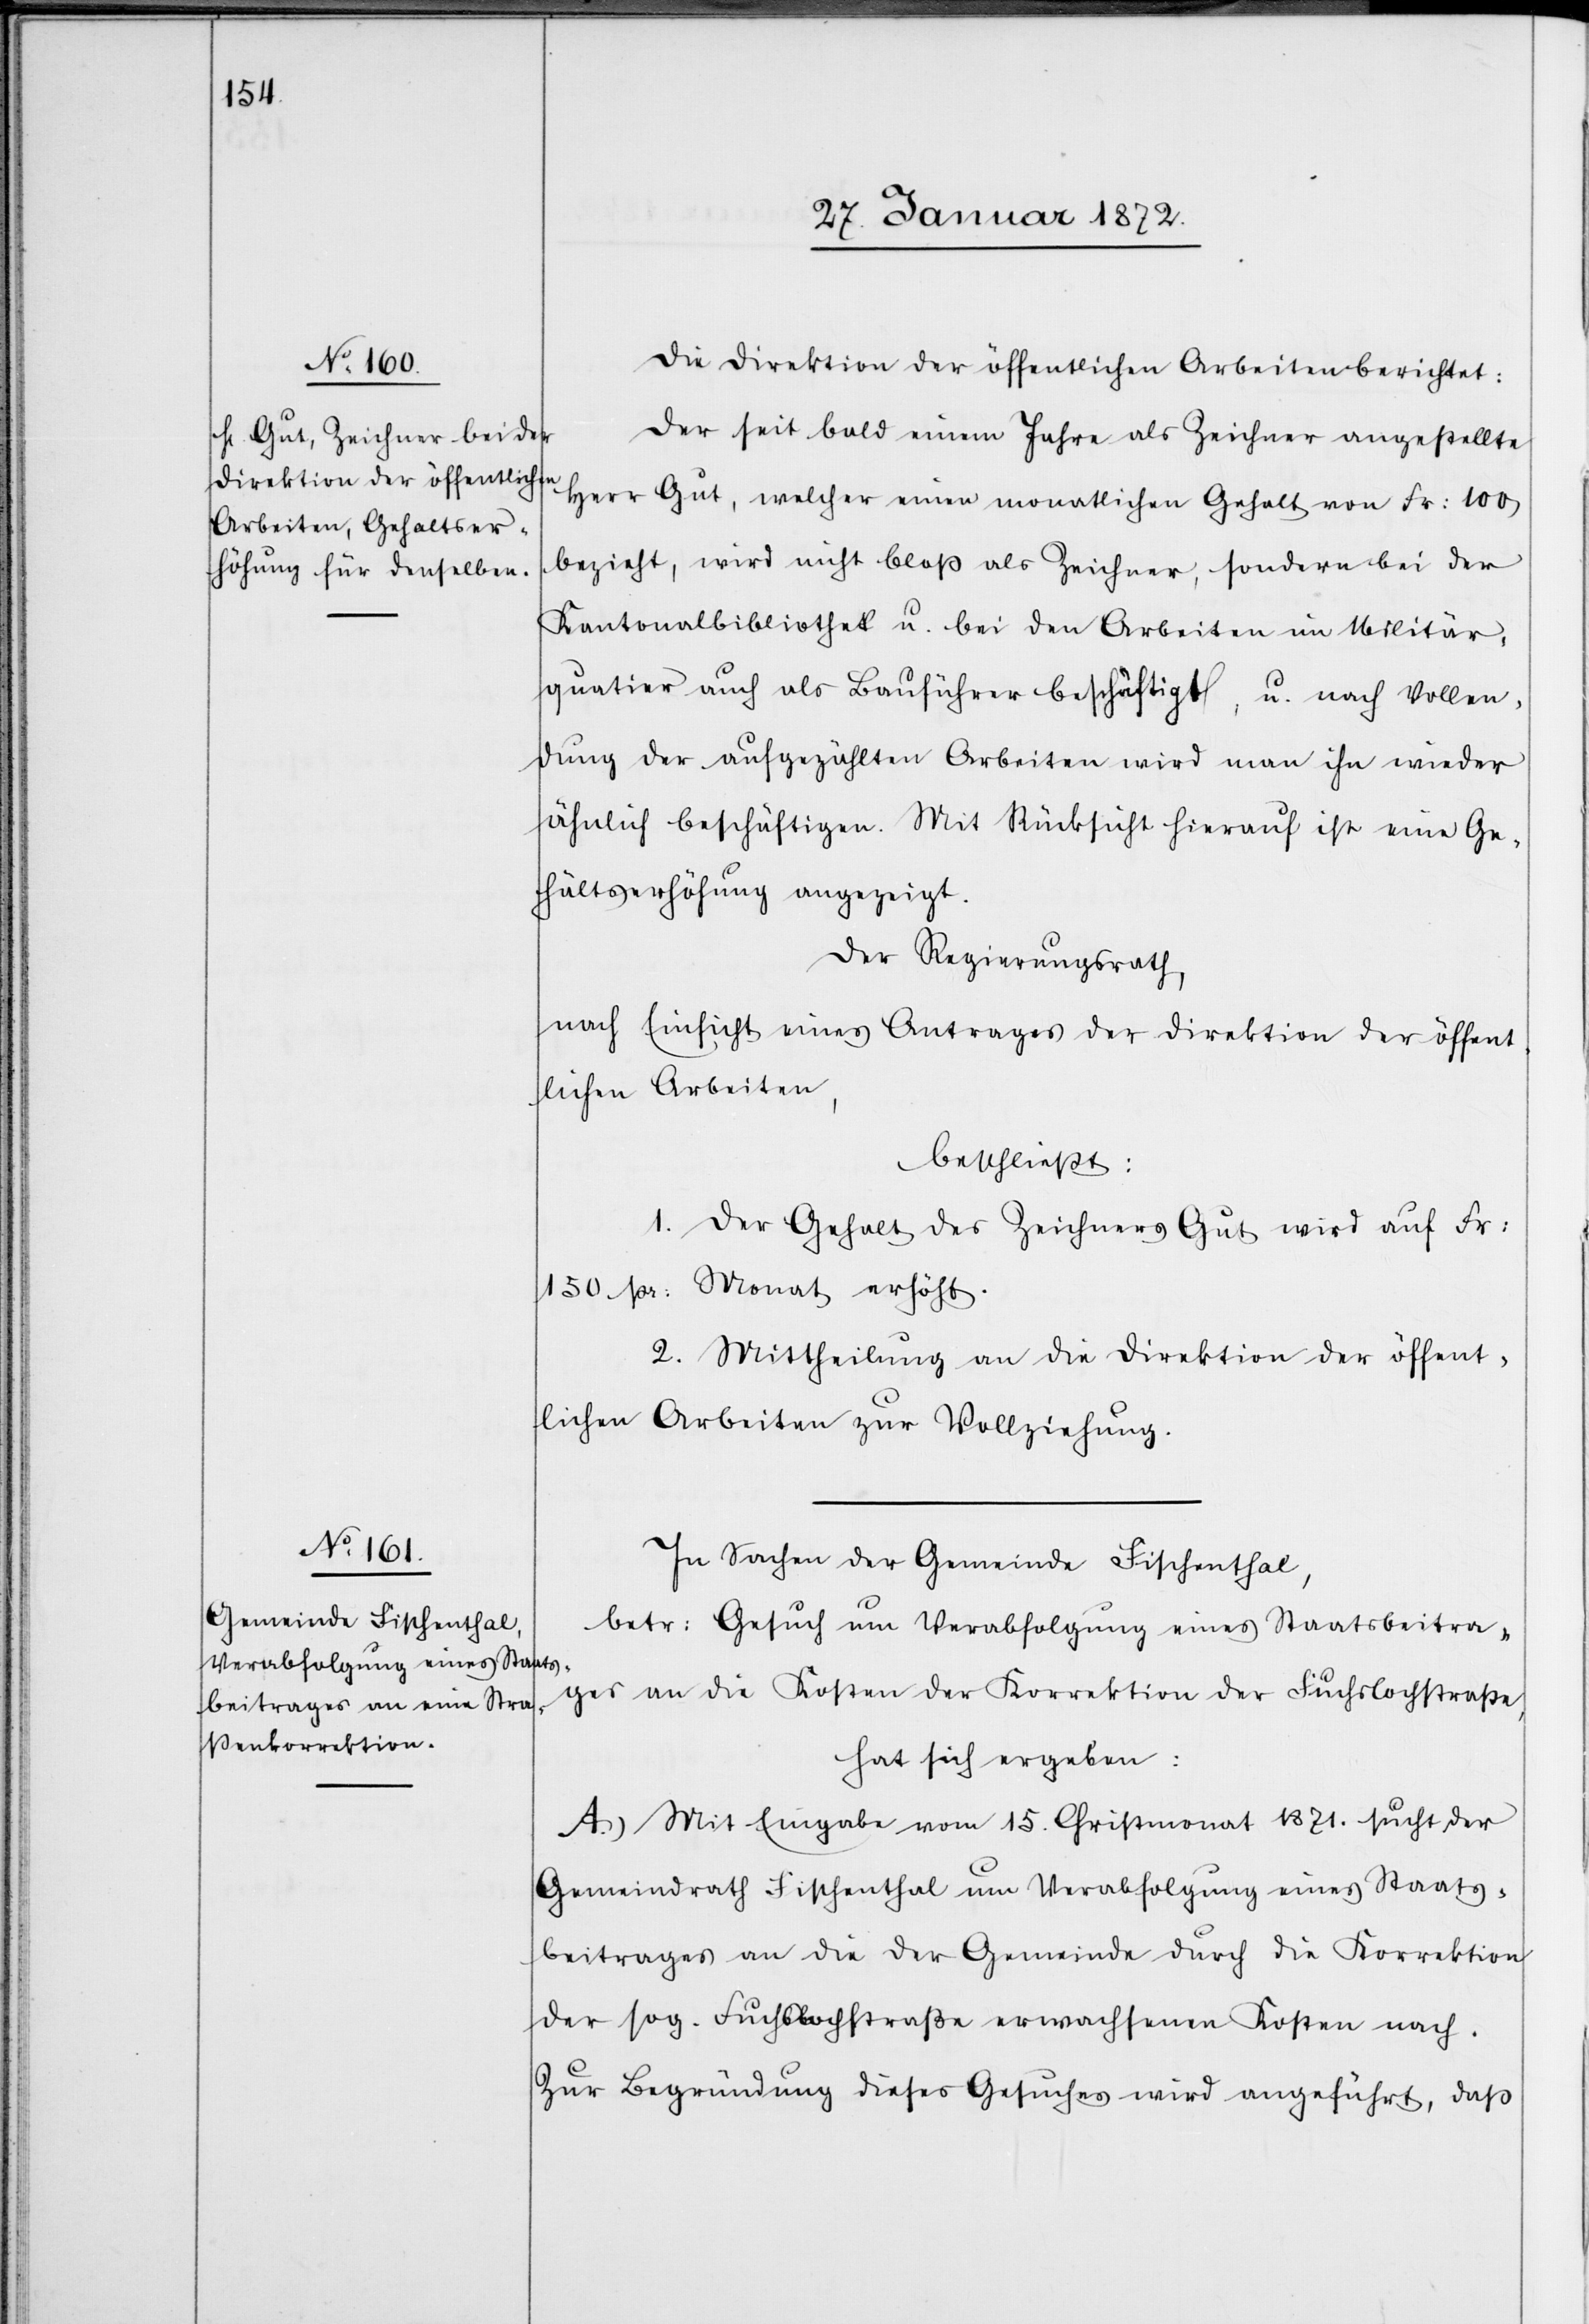
Die Direktion der öffentlichen Arbeiten berichtet:
Der seit bald einem Jahre als Zeichner angestellte
Herr Gut, welcher einen monatlichen Gehalt von Fr: 100
bezieht, wird nicht bloß als Zeichner, sondern bei der
Kantonalbibliothek u. bei den Arbeiten im Militär¬
quatier [sic!] auch als Bauführer beschäftigt, u. nach Vollen¬
dung der aufgezählten Arbeiten wird man ihn wieder
ähnlich beschäftigen. Mit Rücksicht hierauf ist eine Ge¬
hältserhöhung angezeigt.
Der Regierungsrath,
nach Einsicht eines Antrages der Direktion der öffent¬
lichen Arbeiten,
beschließt:
1. Der Gehalt des Zeichners Gut wird auf Fr:
150 pr: Monat erhöht.
2. Mittheilung an die Direktion der öffent¬
lichen Arbeiten zur Vollziehung.
In Sachen der Gemeinde Fischenthal,
betr: Gesuch um Verabfolgung eines Staatsbeitra¬
ges an die Kosten der Korrektion der Fuchslochstraße,
hat sich ergeben:
A.) Mit Eingabe vom 15. Christmonat 1871. sucht der
Gemeindrath Fischenthal um Verabfolgung eines Staats¬
beitrages an die der Gemeinde durch die Korrektion
der sog. Fuchslochstraße erwachsenen Kosten nach.
Zur Begründung dieses Gesuches wird angeführt, daß